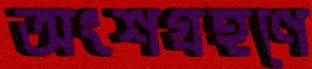
অংশগ্রহণে